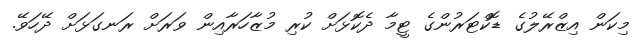
މިކަން އިޒްރޭލުގެ ޑޮކްޓަރުންގެ ޓީމާ ދެކޮޅަށް ކުރި މުޒާހަރާއިން ވަރަށް ރަނގަޅަށް ދޭހަވޭ.